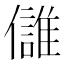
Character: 𩀕